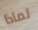
لماذا